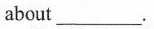
about_.